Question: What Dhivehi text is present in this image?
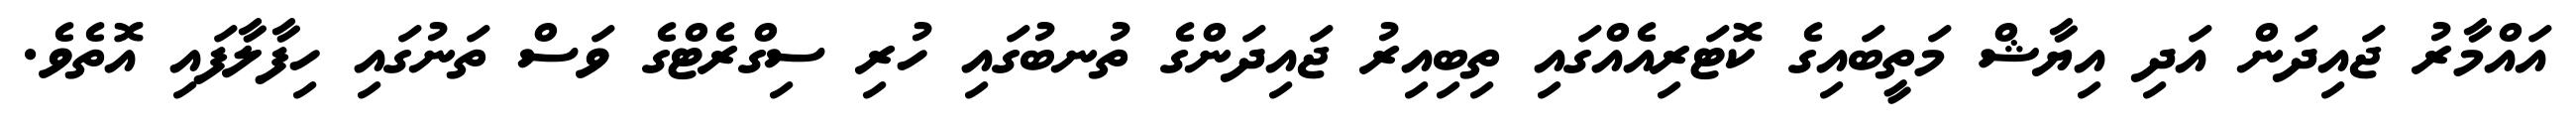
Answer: އައްމާރު ޖައިދަން އަދި އިޔާޝް މަތީބައިގެ ކޮޓަރިއެއްގައި ތިބިއިރު ޖައިދަންގެ ތުނބުގައި ހުރި ސިގްރެޓްގެ ވަސް ތަނުގައި ހިފާލާފައި އޮތެވެ.